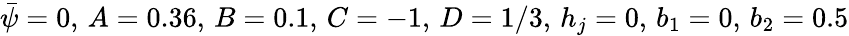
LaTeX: \bar{\psi}=0,\, A=0.36,\, B=0.1,\, C=-1,\, D=1/3,\, h_{j}=0,\, b_{1}=0,\, b_{2}=0.5